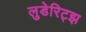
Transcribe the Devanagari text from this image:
लुडेरिट्झ